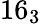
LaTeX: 16_{3}